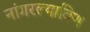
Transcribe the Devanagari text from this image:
नांगरल्याविण